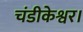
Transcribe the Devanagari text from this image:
चंडीकेश्वर।